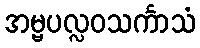
အမ္ဗပလ္လဝသင်္ကာသံ